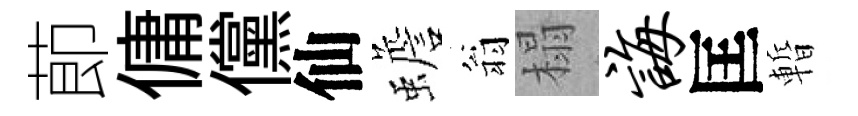
莭傭儻仙蟾翁榻诲匡暫